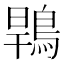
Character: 䳚